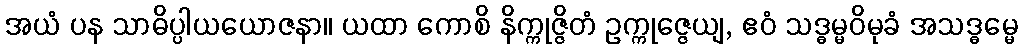
အယံ ပန သာဓိပ္ပါယယောဇနာ။ ယထာ ကောစိ နိက္ကုဇ္ဇိတံ ဥက္ကုဇ္ဇေယျ, ဧဝံ သဒ္ဓမ္မဝိမုခံ အသဒ္ဓမ္မေ